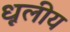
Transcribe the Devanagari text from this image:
धूलीय